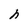
Character: h